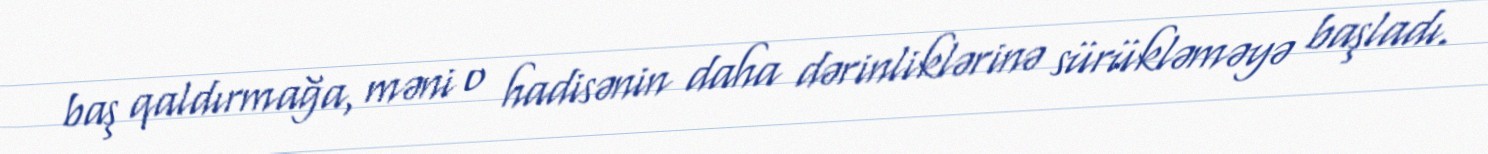
baş qaldırmağa, məni o hadisənin daha dərinliklərinə sürükləməyə başladı.